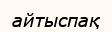
айтыспақ